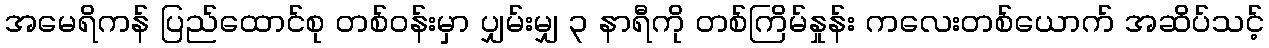
အမေရိကန် ပြည်ထောင်စု တစ်ဝန်းမှာ ပျှမ်းမျှ ၃ နာရီကို တစ်ကြိမ်နှုန်း ကလေးတစ်ယောက် အဆိပ်သင့်